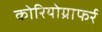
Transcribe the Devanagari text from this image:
कोरियोग्राफर्र